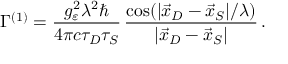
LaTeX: \Gamma ^ { ( 1 ) } = \frac { g _ { \varepsilon } ^ { 2 } \lambda ^ { 2 } \hbar } { 4 \pi c \tau _ { D } \tau _ { S } } \, \frac { \cos ( | \vec { x } _ { D } - \vec { x } _ { S } | / \lambda ) } { | \vec { x } _ { D } - \vec { x } _ { S } | } \, .